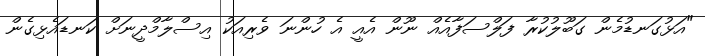
"އަޅުގަނޑުމެން ގަބޫލުކުރާ ފަލްސަފާއެއް ނޫން އެއީ އެ ހުންނަ ވެރިއަކު އިސްލާމްދީނަށް ކަނޑައެޅިގެން